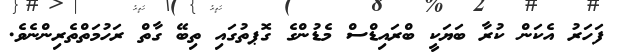
ފަހަރު އެކަން ކުރާ ބަޔަކީ ބްރައިޑްސް މެޑުންގެ ގޮޕތުގައި ތިބޭ ގާތް ރަހުމަތްތެރިންނެވެ.